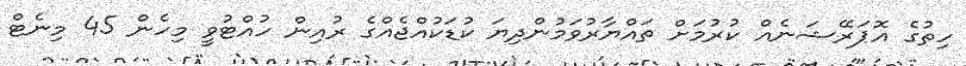
ހިތުގެ އޮޕަރޭޝަނެއް ކުރުމަށް ތައްޔާރުވަމުންދިޔަ ކުޑަކުއްޖެއްގެ ރުއިން ހުއްޓުވީ މިހެން 45 މިނެޓް